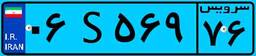
۶۳S۸۷۷۵۳